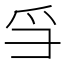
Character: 𪺍